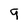
Character: 9